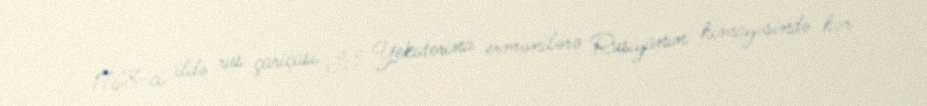
- 1768-ci ildə rus çariçası II Yekaterina ermənilərə Rusiyanın himayəsində hər